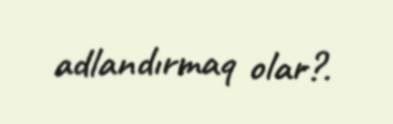
adlandırmaq olar?.